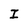
Character: I